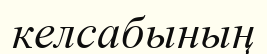
келсабының